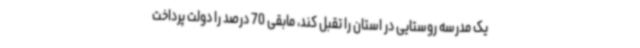
یک مدرسه روستایی در استان را تقبل کند، مابقی 70 درصد را دولت پرداخت